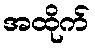
အထိုက်